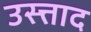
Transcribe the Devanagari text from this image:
उस्त्ताद